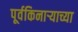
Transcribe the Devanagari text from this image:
पूर्वकिनाऱ्याच्या